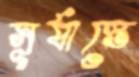
সূর্যাস্তে